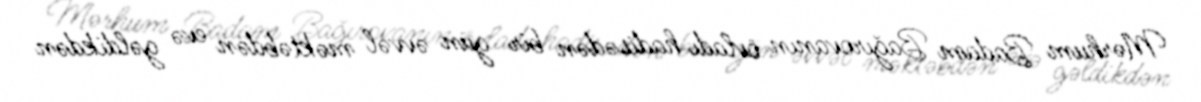
Mərhum Badam Bağırovanın övladı hadisədən bir gün əvvəl məktəbdən evə gəldikdən